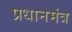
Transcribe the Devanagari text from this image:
प्रधानमंत्र